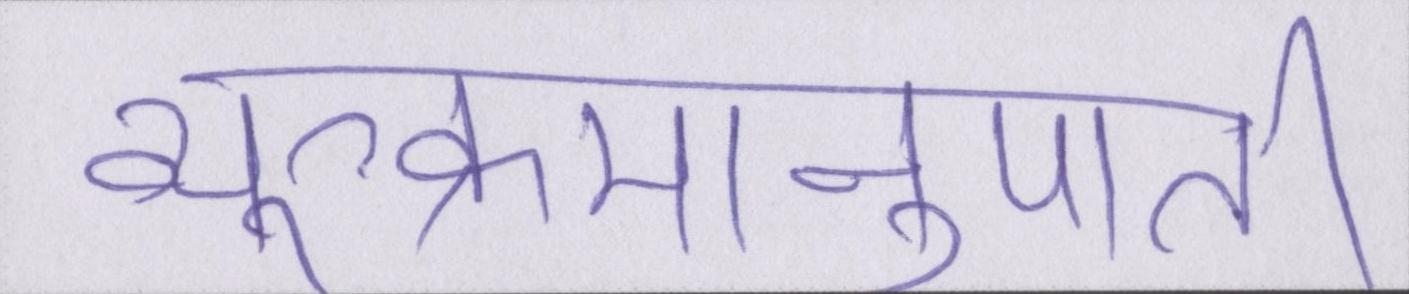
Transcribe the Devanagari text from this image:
व्युत्क्रमानुपाती